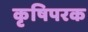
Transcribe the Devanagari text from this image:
कृषिपरक